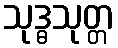
သုဒ္ဓသုတ္တ